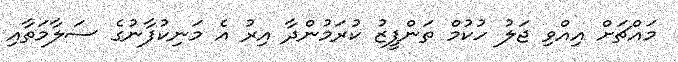
މައްޗަށް އިއްވި ޖަލު ހުކުމް ތަންފީޒު ކުރަމުންދާ އިރު އެ މަނިކުފާނުގެ ސަލާމަތާއި